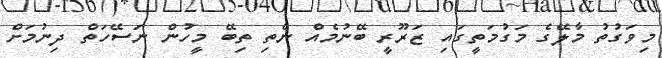
މިވަގުތު މާލޭގެ މަގުމަތީގައި ޒަރޫރީ ބޭނުމެއް ނެތި ތިބޭ މީހުން ނަސޭހަތް ދިނުމަށް